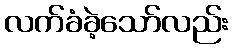
လက်ခံခဲ့သော်လည်း